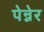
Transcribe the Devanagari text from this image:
पेन्नेर